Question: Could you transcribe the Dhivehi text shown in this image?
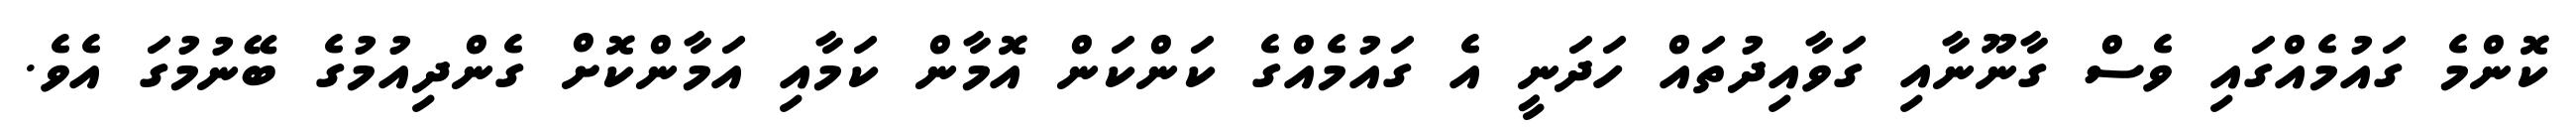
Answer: ކޮންމެ ގައުމެއްގައި ވެސް ގާނޫނާއި ގަވާއިދުތައް ހަދަނީ އެ ގައުމެއްގެ ކަންކަން އޮމާން ކަމާއި އަމާންކޮށް ގެންދިއުމުގެ ބޭނުމުގަ އެވެ.